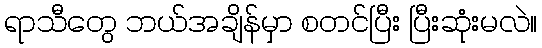
ရာသီတွေ ဘယ်အချိန်မှာ စတင်ပြီး ပြီးဆုံးမလဲ။